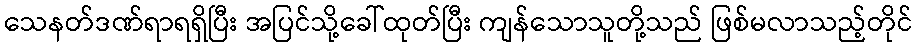
သေနတ်ဒဏ်ရာရရှိပြီး အပြင်သို့ခေါ်ထုတ်ပြီး ကျန်သောသူတို့သည် ဖြစ်မလာသည့်တိုင်